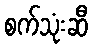
စက်သုံးဆီ